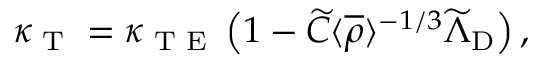
\kappa _ { \textrm { T } } = \kappa _ { \textrm { T E } } \left( { 1 - \widetilde { C } \langle { \overline { { \rho } } } \rangle ^ { - 1 / 3 } \widetilde { \Lambda } _ { \mathrm { { D } } } } \right) ,